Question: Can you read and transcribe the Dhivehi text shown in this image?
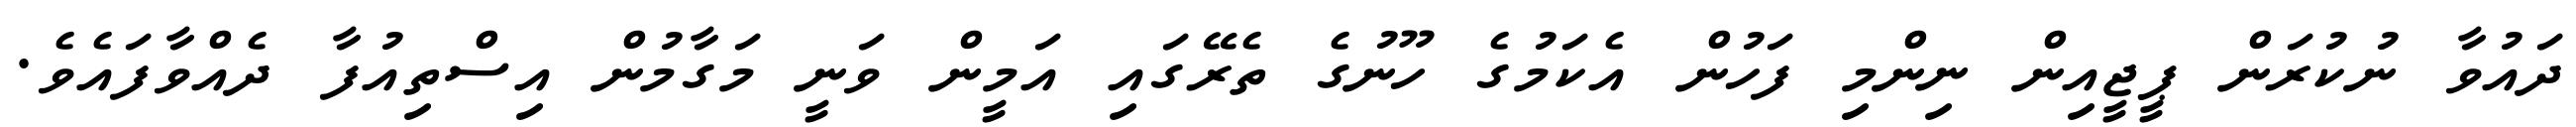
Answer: ދައުވާ ނުކުރަން ޕީޖީއިން ނިންމި ފަހުން އެކަމުގެ ހޫނުގެ ތެރޭގައި އަމީން ވަނީ މަގާމުން އިސްތިއުފާ ދެއްވާފައެވެ.